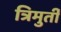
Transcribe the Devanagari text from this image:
त्रिमुर्ती